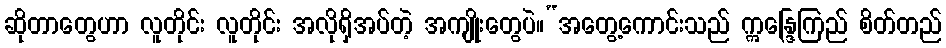
ဆိုတာတွေဟာ လူတိုင်း လူတိုင်း အလိုရှိအပ်တဲ့ အကျိုးတွေပဲ။“အတွေ့ကောင်းသည် ဣန္ဒြေကြည် စိတ်တည်